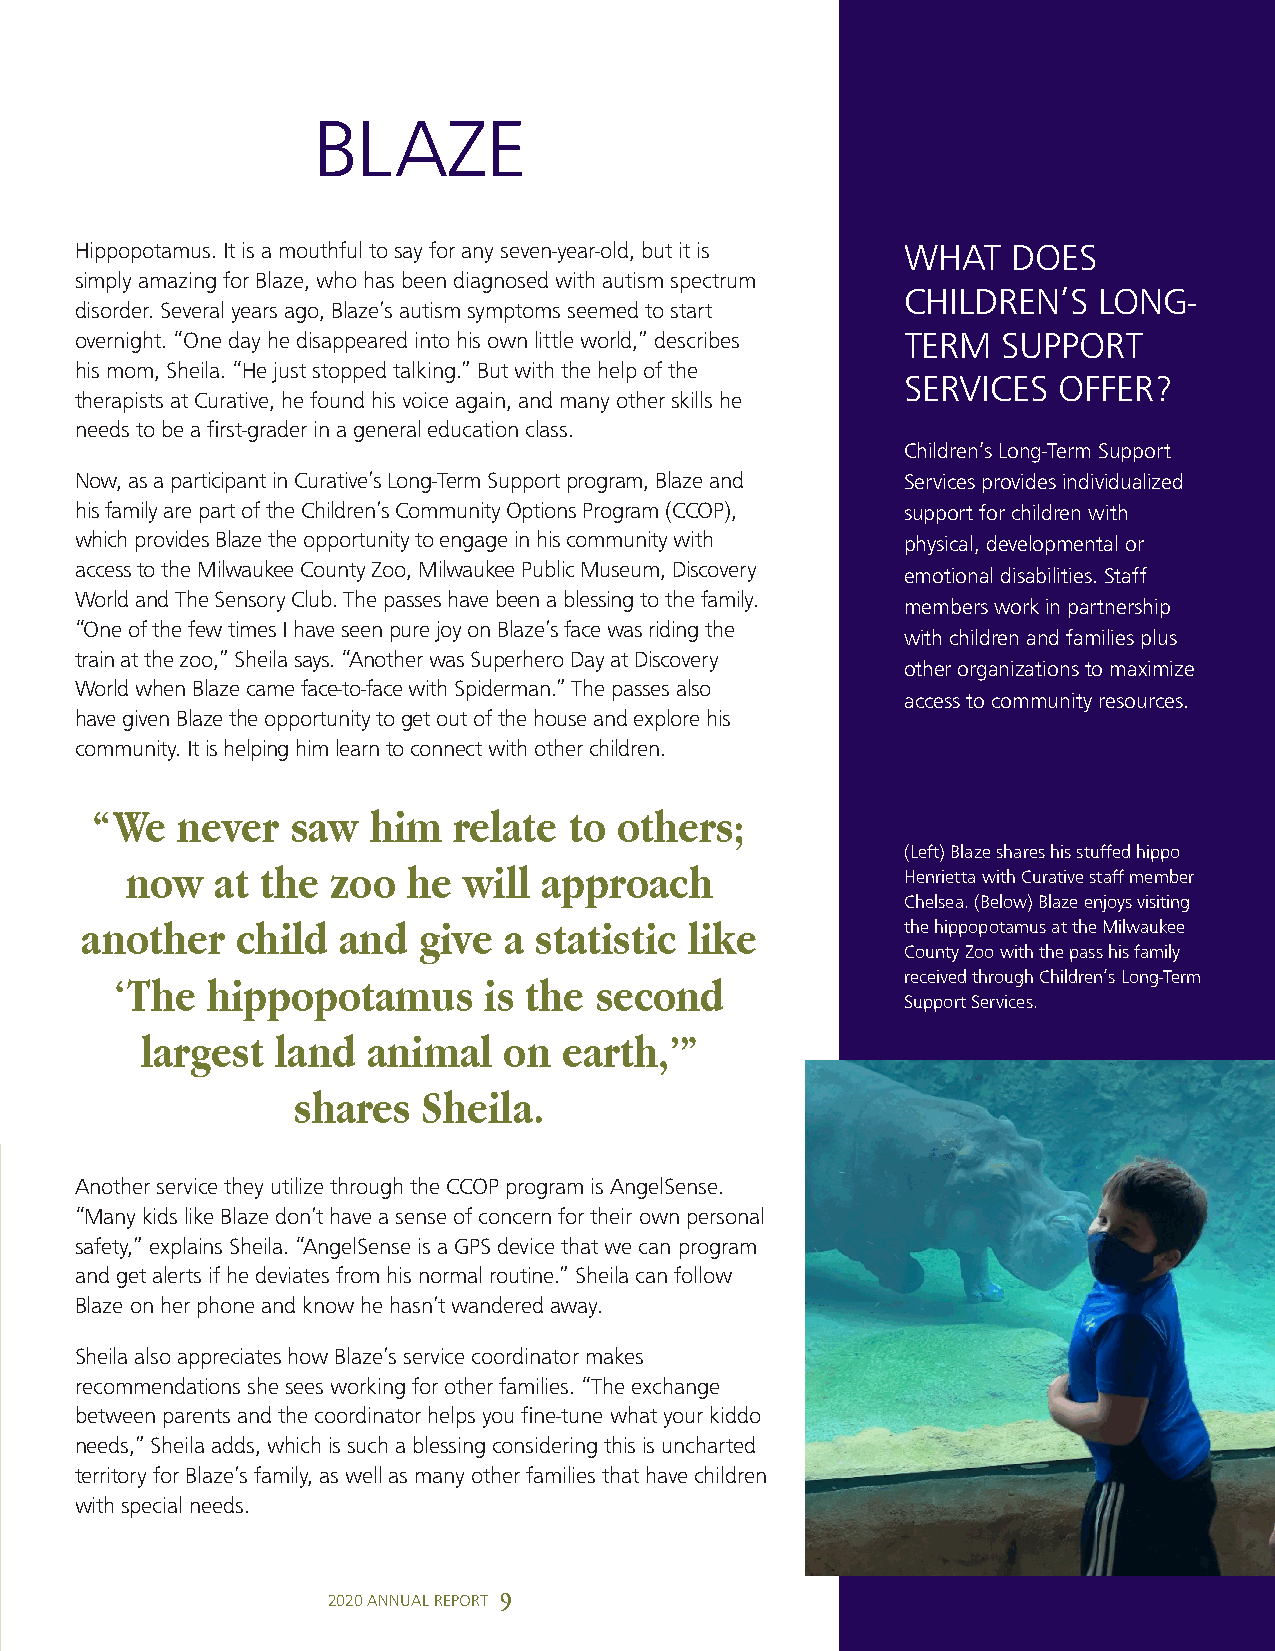
BLAZE
 Hippopotamus. It is a mouthful to say for any seven-year-old, but it is WHAT DOES
 simply amazing for Blaze, who has been diagnosed with autism spectrum
 CHILDREN’S   LONG-
 disorder. Several years ago, Blaze’s autism symptoms seemed to start
 overnight. “One day he disappeared into his own little world,” describes TERM SUPPORT
 his mom, Sheila. “He just stopped talking.” But with the help of the
 SERVICES  OFFER?
 therapists at Curative, he found his voice again, and many other skills he
 needs to be a first-grader in a general education class.
 Children’s Long-Term Support
 Now, as a participant in Curative’s Long-Term Support program, Blaze and Services provides individualized
 his family are part of the Children’s Community Options Program (CCOP), support for children with
 which provides Blaze the opportunity to engage in his community with physical, developmental or
 access to the Milwaukee County Zoo, Milwaukee Public Museum, Discovery emotional disabilities. Staff
 World and The Sensory Club. The passes have been a blessing to the family.
 members work in partnership
 “One of the few times I have seen pure joy on Blaze’s face was riding the
 with children and families plus
 train at the zoo,” Sheila says. “Another was Superhero Day at Discovery
 other organizations to maximize
 World when Blaze came face-to-face with Spiderman.” The passes also
 access to community resources.
 have given Blaze the opportunity to get out of the house and explore his
 community. It is helping him learn to connect with other children.
 “We   never  saw  him   relate  to others;
 (Left) Blaze shares his stuffed hippo
 now   at the  zoo  he  will approach
 Henrietta with Curative staff member
 Chelsea. (Below) Blaze enjoys visiting
 another    child and   give a statistic  like          the hippopotamus at the Milwaukee
 County Zoo with the pass his family
 ‘The  hippopotamus      is the second               received through Children’s Long-Term
 Support Services.
 largest  land  animal   on  earth,’”
 shares   Sheila.
 Another service they utilize through the CCOP program is AngelSense.
 “Many kids like Blaze don’t have a sense of concern for their own personal
 safety,” explains Sheila. “AngelSense is a GPS device that we can program
 and get alerts if he deviates from his normal routine.” Sheila can follow
 Blaze on her phone and know he hasn’t wandered away.
 Sheila also appreciates how Blaze’s service coordinator makes
 recommendations she sees working for other families. “The exchange
 between parents and the coordinator helps you fine-tune what your kiddo
 needs,” Sheila adds, which is such a blessing considering this is uncharted
 territory for Blaze’s family, as well as many other families that have children
 with special needs.
 2020 ANNUAL REPORT 9